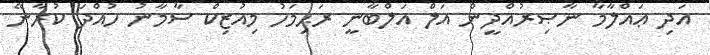
އަދި ޢައްލާމާ ނާޞިރުއްދީން އަލް އަލްބާނީ ރަޙިމަހު މިއުޒިކް ސާމާނު ހުއްދަ ކުރާނޭ